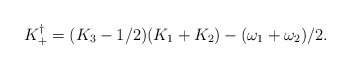
\begin{align*} K_{+}^{\dagger}=(K_3-1/2)(K_1+K_2)-(\omega_1+\omega_2)/2.\end{align*}